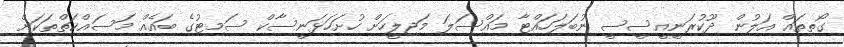
ގޯތިތައް އަލުން ދޫކުރަނީއީސީސީ ނުބަލަހައްޓާ މައްސަލަ މަޖިލީހަށް ހުށަހަޅަނީސާކް ސަމިޓުގެ ބައެއް މަސައްކަތްތަކަށް